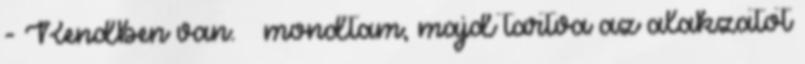
- Rendben van. – mondtam, majd tartva az alakzatot